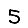
Digit: 5